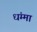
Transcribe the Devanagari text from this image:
धंम्मा